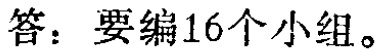
答：要编16个小组。